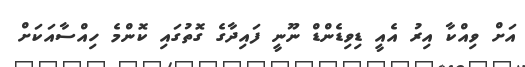
އަށް ވިއްކާ އިރު އެއީ ޑިވިޑެންޑް ނޫނީ ފައިދާގެ ގޮތުގައި ކޮންމެ ހިއްސާއަކަށް